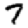
Digit: 7